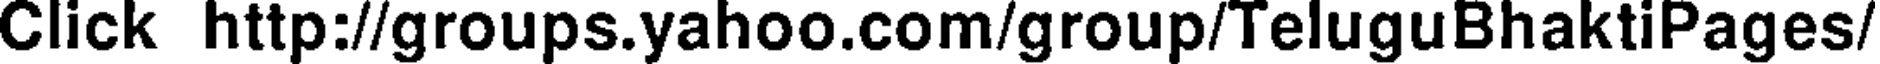
Click http://groups.yahoo.com/group/TeluguBhaktiPages/